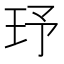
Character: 𤤂